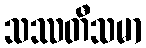
သဿတီသမာ